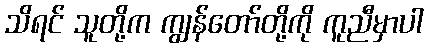
သိရင် သူတို့က ကျွန်တော်တို့ကို ကူညီမှာပါ